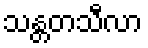
သန္တတသီလာ